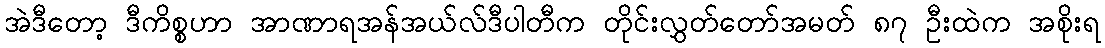
အဲဒီတော့ ဒီကိစ္စဟာ အာဏာရအန်အယ်လ်ဒီပါတီက တိုင်းလွှတ်တော်အမတ် ၈၇ ဦးထဲက အစိုးရ